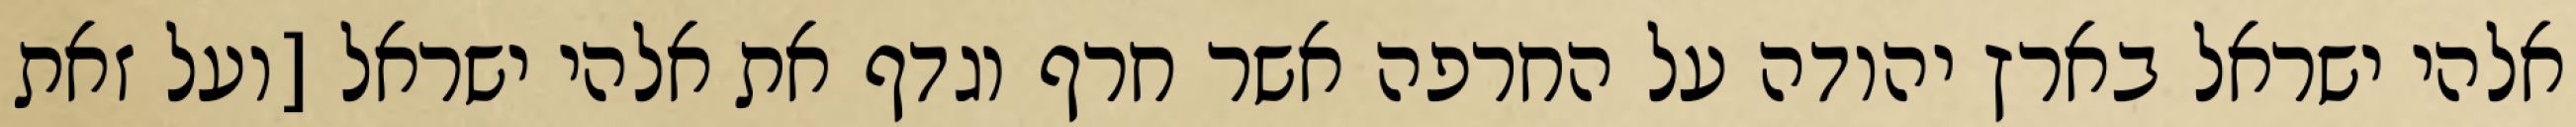
אלהי ישראל בארץ יהודה על החרפה אשר חרף וגדף את אלהי ישראל [ועל זאת